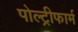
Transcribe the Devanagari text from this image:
पोल्ट्रीफार्म